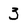
Character: 3